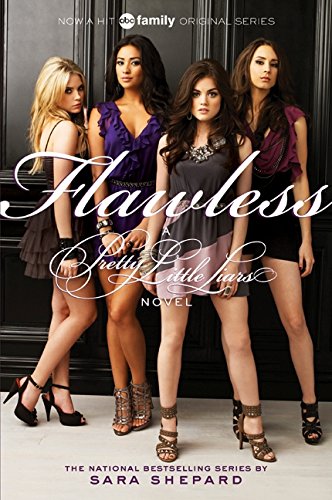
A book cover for Flawless (Pretty Little Liars, Book 2) (TV Tie-In); Sara Shepard; Teen & Young Adult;